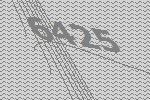
6425